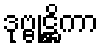
ဒုဗ္ဗုဋ္ဌိကာ